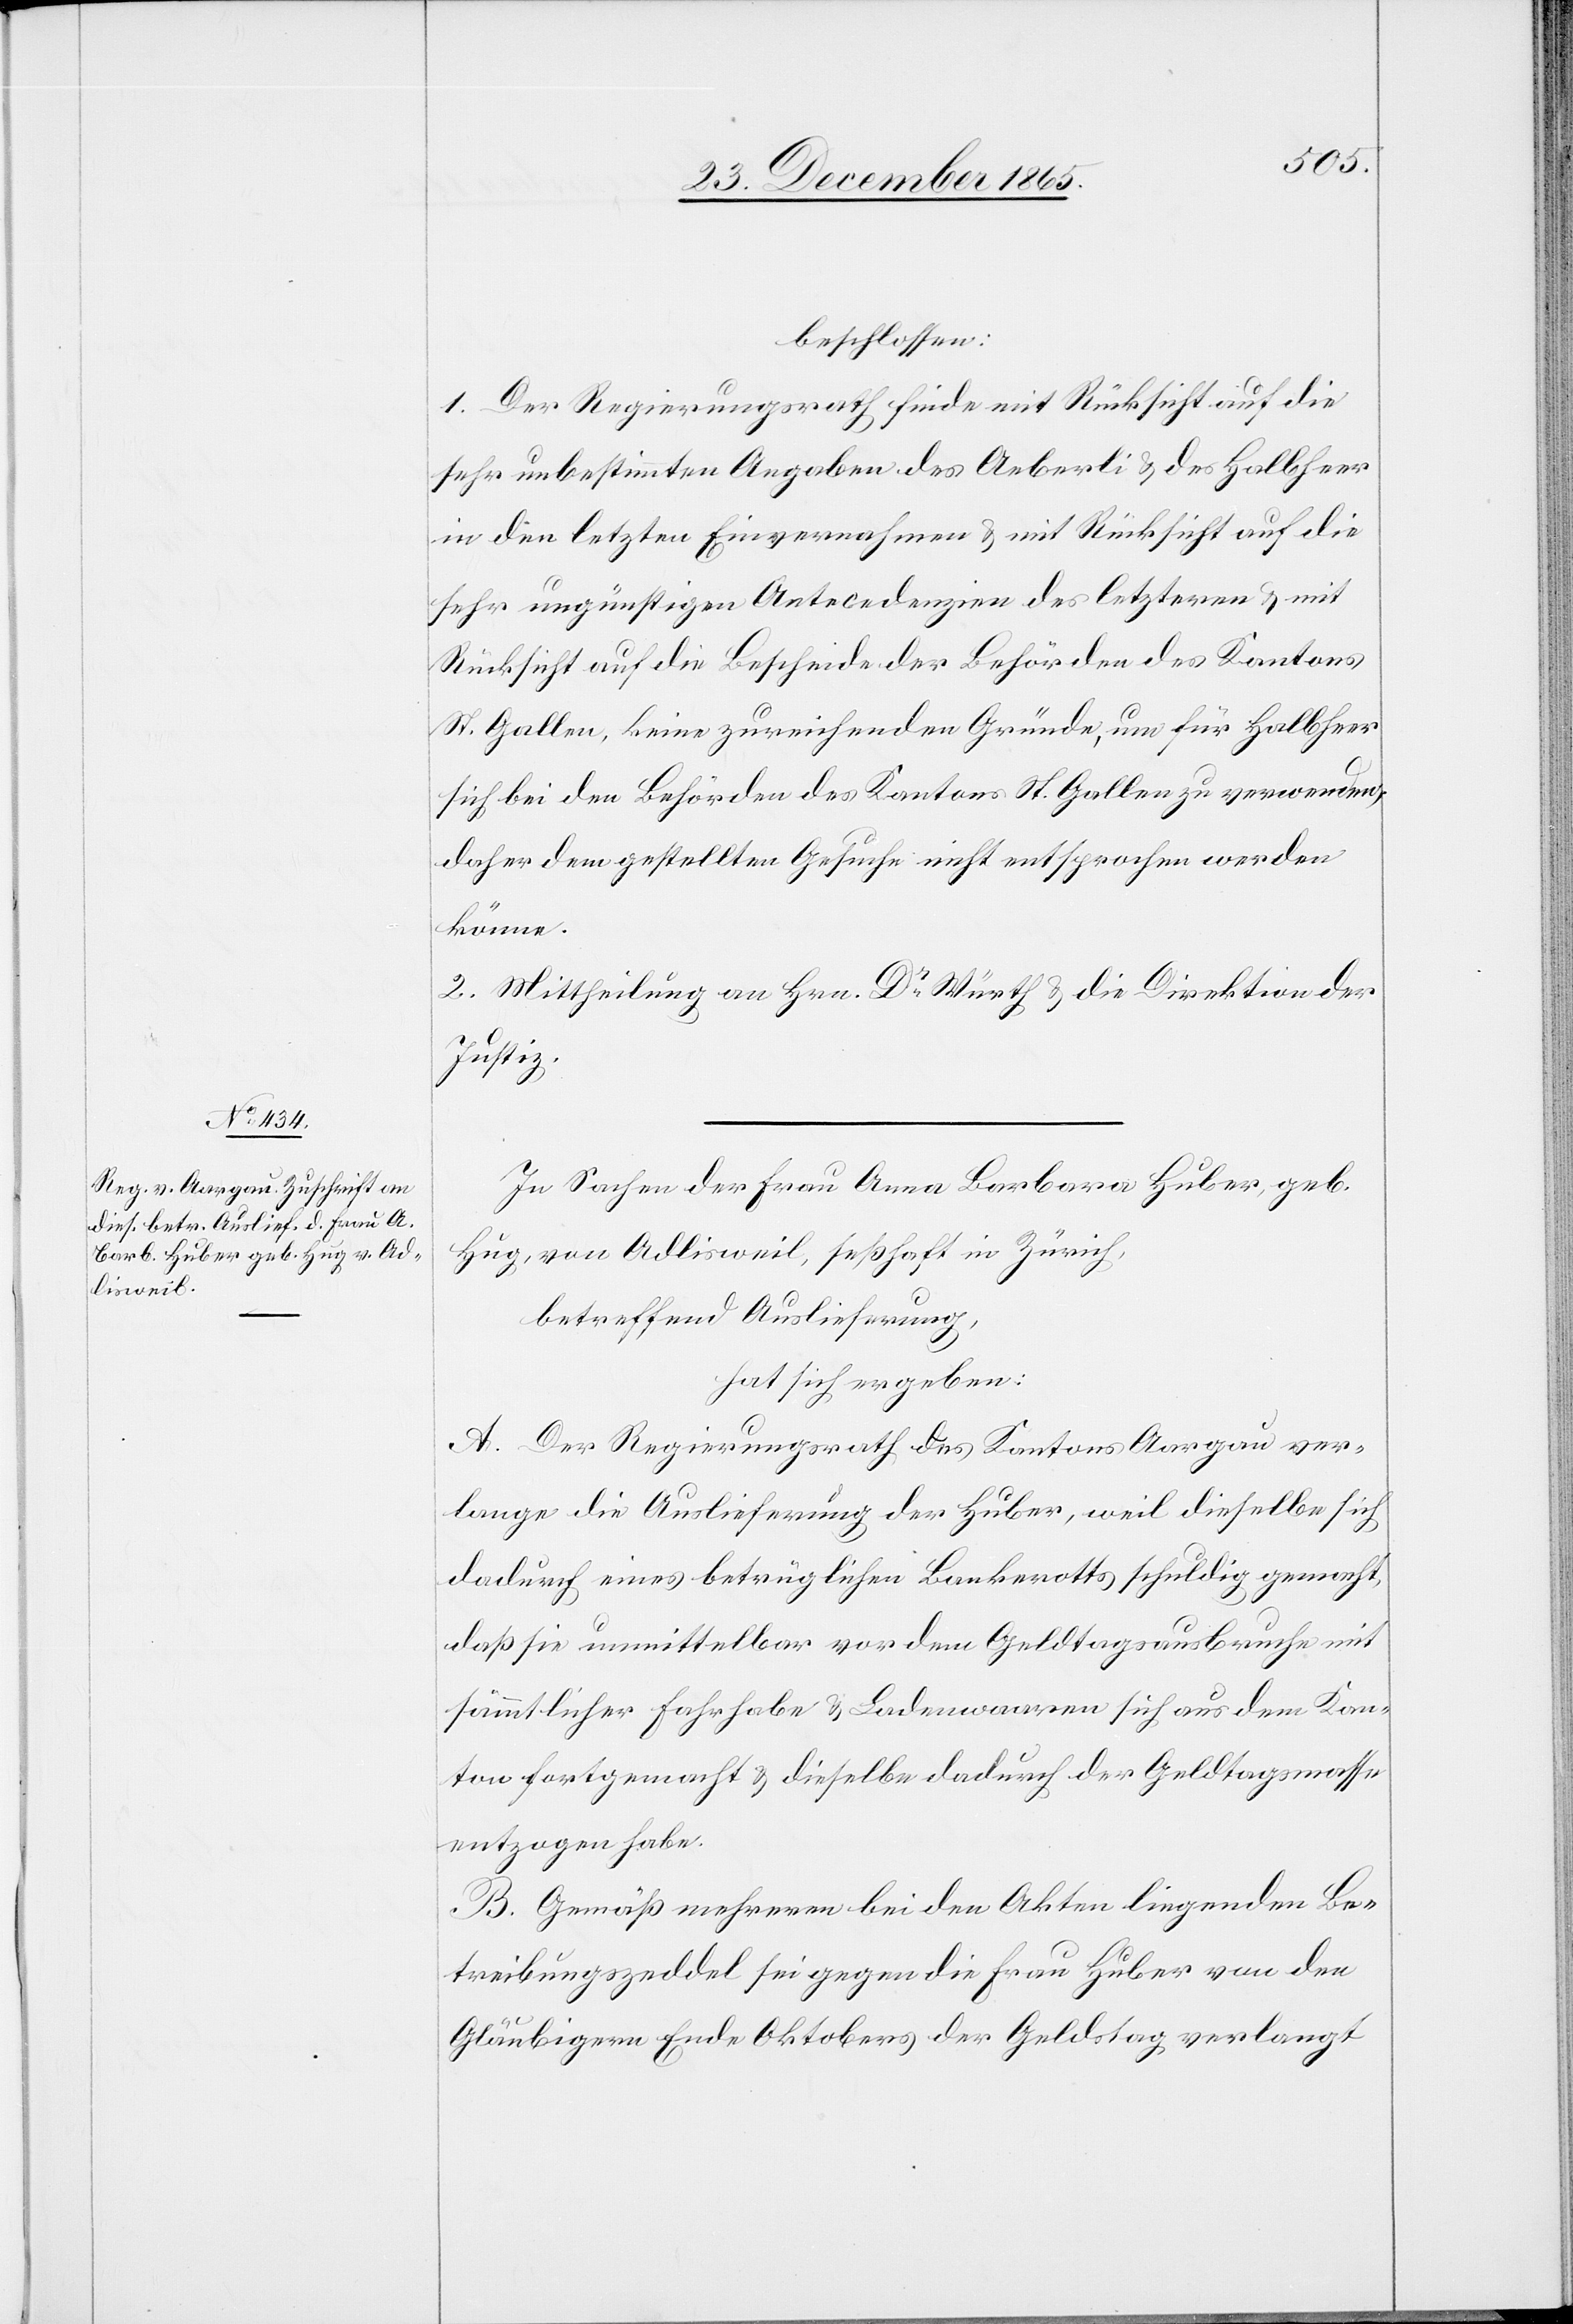
beschlossen:
1. Der Regierungsrath finde mit Rücksicht auf die
sehr unbestimmten Angaben des Aeberli & des Halbheer
in den letzten Einvernahmen & mit Rücksicht auf die
sehr ungünstigen Antecedenzien des letzteren & mit
Rücksicht auf die Bescheide der Behörden des Kantons
St. Gallen, keine zureichenden Gründe, um für Halbheer
sich bei den Behörden des Kantons St. Gallen zu verwenden,
daher dem gestellten Gesuche nicht entsprochen werden
könne.
2. Mittheilung an Hrn. Dr Würth & die Direktion der
Justiz.
In Sachen der Frau Anna Barbara Huber, geb.
Hug. von Adlisweil, seßhaft in Zürich,
betreffend Auslieferung,
hat sich ergeben:
A. Der Regierungsrath des Kantons Aargau ver¬
lange die Auslieferung der Huber, weil dieselbe sich
dadurch eines betrüglichen Bankrotts schuldig gemacht,
daß sie unmittelbar vor dem Geldtagsausbruche mit
sämmtlicher Fahrhabe & Ladenwaaren sich aus dem Kan¬
ton fortgemacht & dieselbe dadurch der Geldtagsmasse
entzogen habe.
B. Gemäß mehreren bei den Akten liegenden Be¬
treibungszeddel sei gegen die Frau Huber von den
Gläubigern Ende Oktober der Geldstag [sic!] verlangt